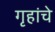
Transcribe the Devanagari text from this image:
गृहांचे